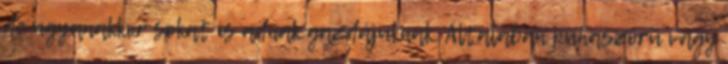
de ugyanakkor sokat is adnak gazdájuknak. Általában puhaszőrű vagy